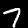
Digit: 7